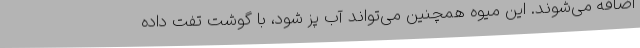
اضافه می‌شوند. این میوه همچنین می‌تواند آب پز شود، با گوشت تفت داده